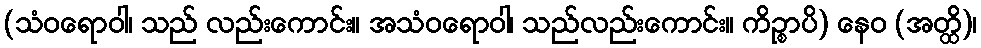
(သံဝရောဝါ၊ သည် လည်းကောင်း။ အသံဝရောဝါ၊ သည်လည်းကောင်း။ ကိဉ္စာပိ) နေဝ (အတ္ထိ)၊